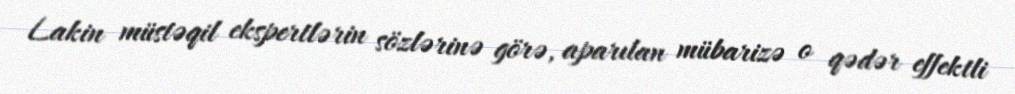
Lakin müstəqil ekspertlərin sözlərinə görə, aparılan mübarizə o qədər effektli